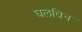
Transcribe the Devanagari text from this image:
घलविन